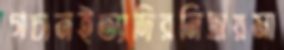
গচানইত্যাদিরনিদ্রায়মা